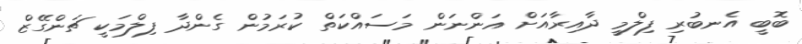
ބޮބީ އެނބުރި ފިލްމީ ދާއިރާއަށް އަންނަން މަސައްކަތް ކުރަމުން ގެންދާ ފިލްމަކީ ޗަންގޭޒް